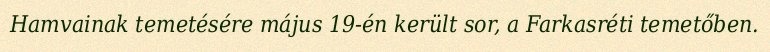
Hamvainak temetésére május 19-én került sor, a Farkasréti temetőben.